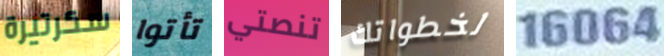
سكرتيرة تأتوا تنصتي لخطواتك 16064